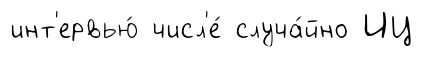
инт'ервью́ числ'е́ случа́йно ИЦ